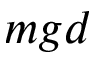
m g d